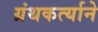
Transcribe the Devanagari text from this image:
ग्रंथकर्त्याने